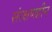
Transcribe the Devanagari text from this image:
संरक्षणहीन